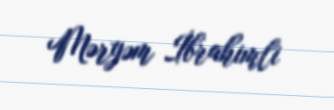
Məryəm İbrahimli